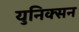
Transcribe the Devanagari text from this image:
युनिक्सन